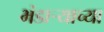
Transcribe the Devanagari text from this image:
भंडार्‍याच्या